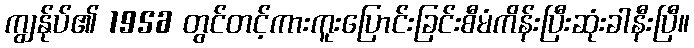
ကျွန်ုပ်၏ 1956 တွင်တင့်ကားကူးပြောင်းခြင်းစီမံကိန်းပြီးဆုံးခါနီးပြီ။